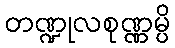
တဏ္ဍုလစုဏ္ဏမ္ပိ